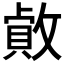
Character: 𢿓